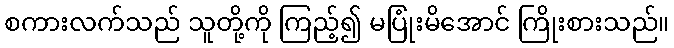
စကားလက်သည် သူတို့ကို ကြည့်၍ မပြုံးမိအောင် ကြိုးစားသည်။